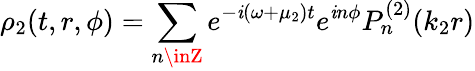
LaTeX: \rho_{2}(t,r,\phi)=\sum_{n\inZ}e^{-\mathit{i}(\omega+\mu_{2})t}e^{\mathit{i}n\phi}P_{n}^{(2)}(k_{2}r)